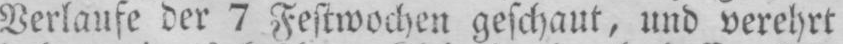
Verlaufe der 7 Festwochen geschaut, und verehrt